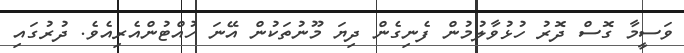
ވަސީމާ ގޮސް ދޮރު ހުޅުވާލުމުން ފެނިގެން ދިޔަ މޫނުތަކުން އޭނަ ހުއްޓުންއެރިއެވެ. ދުރުގައި